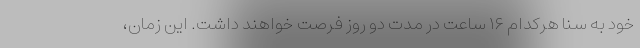
خود به سنا هرکدام ۱۶ ساعت در مدت دو روز فرصت خواهند داشت. این زمان،